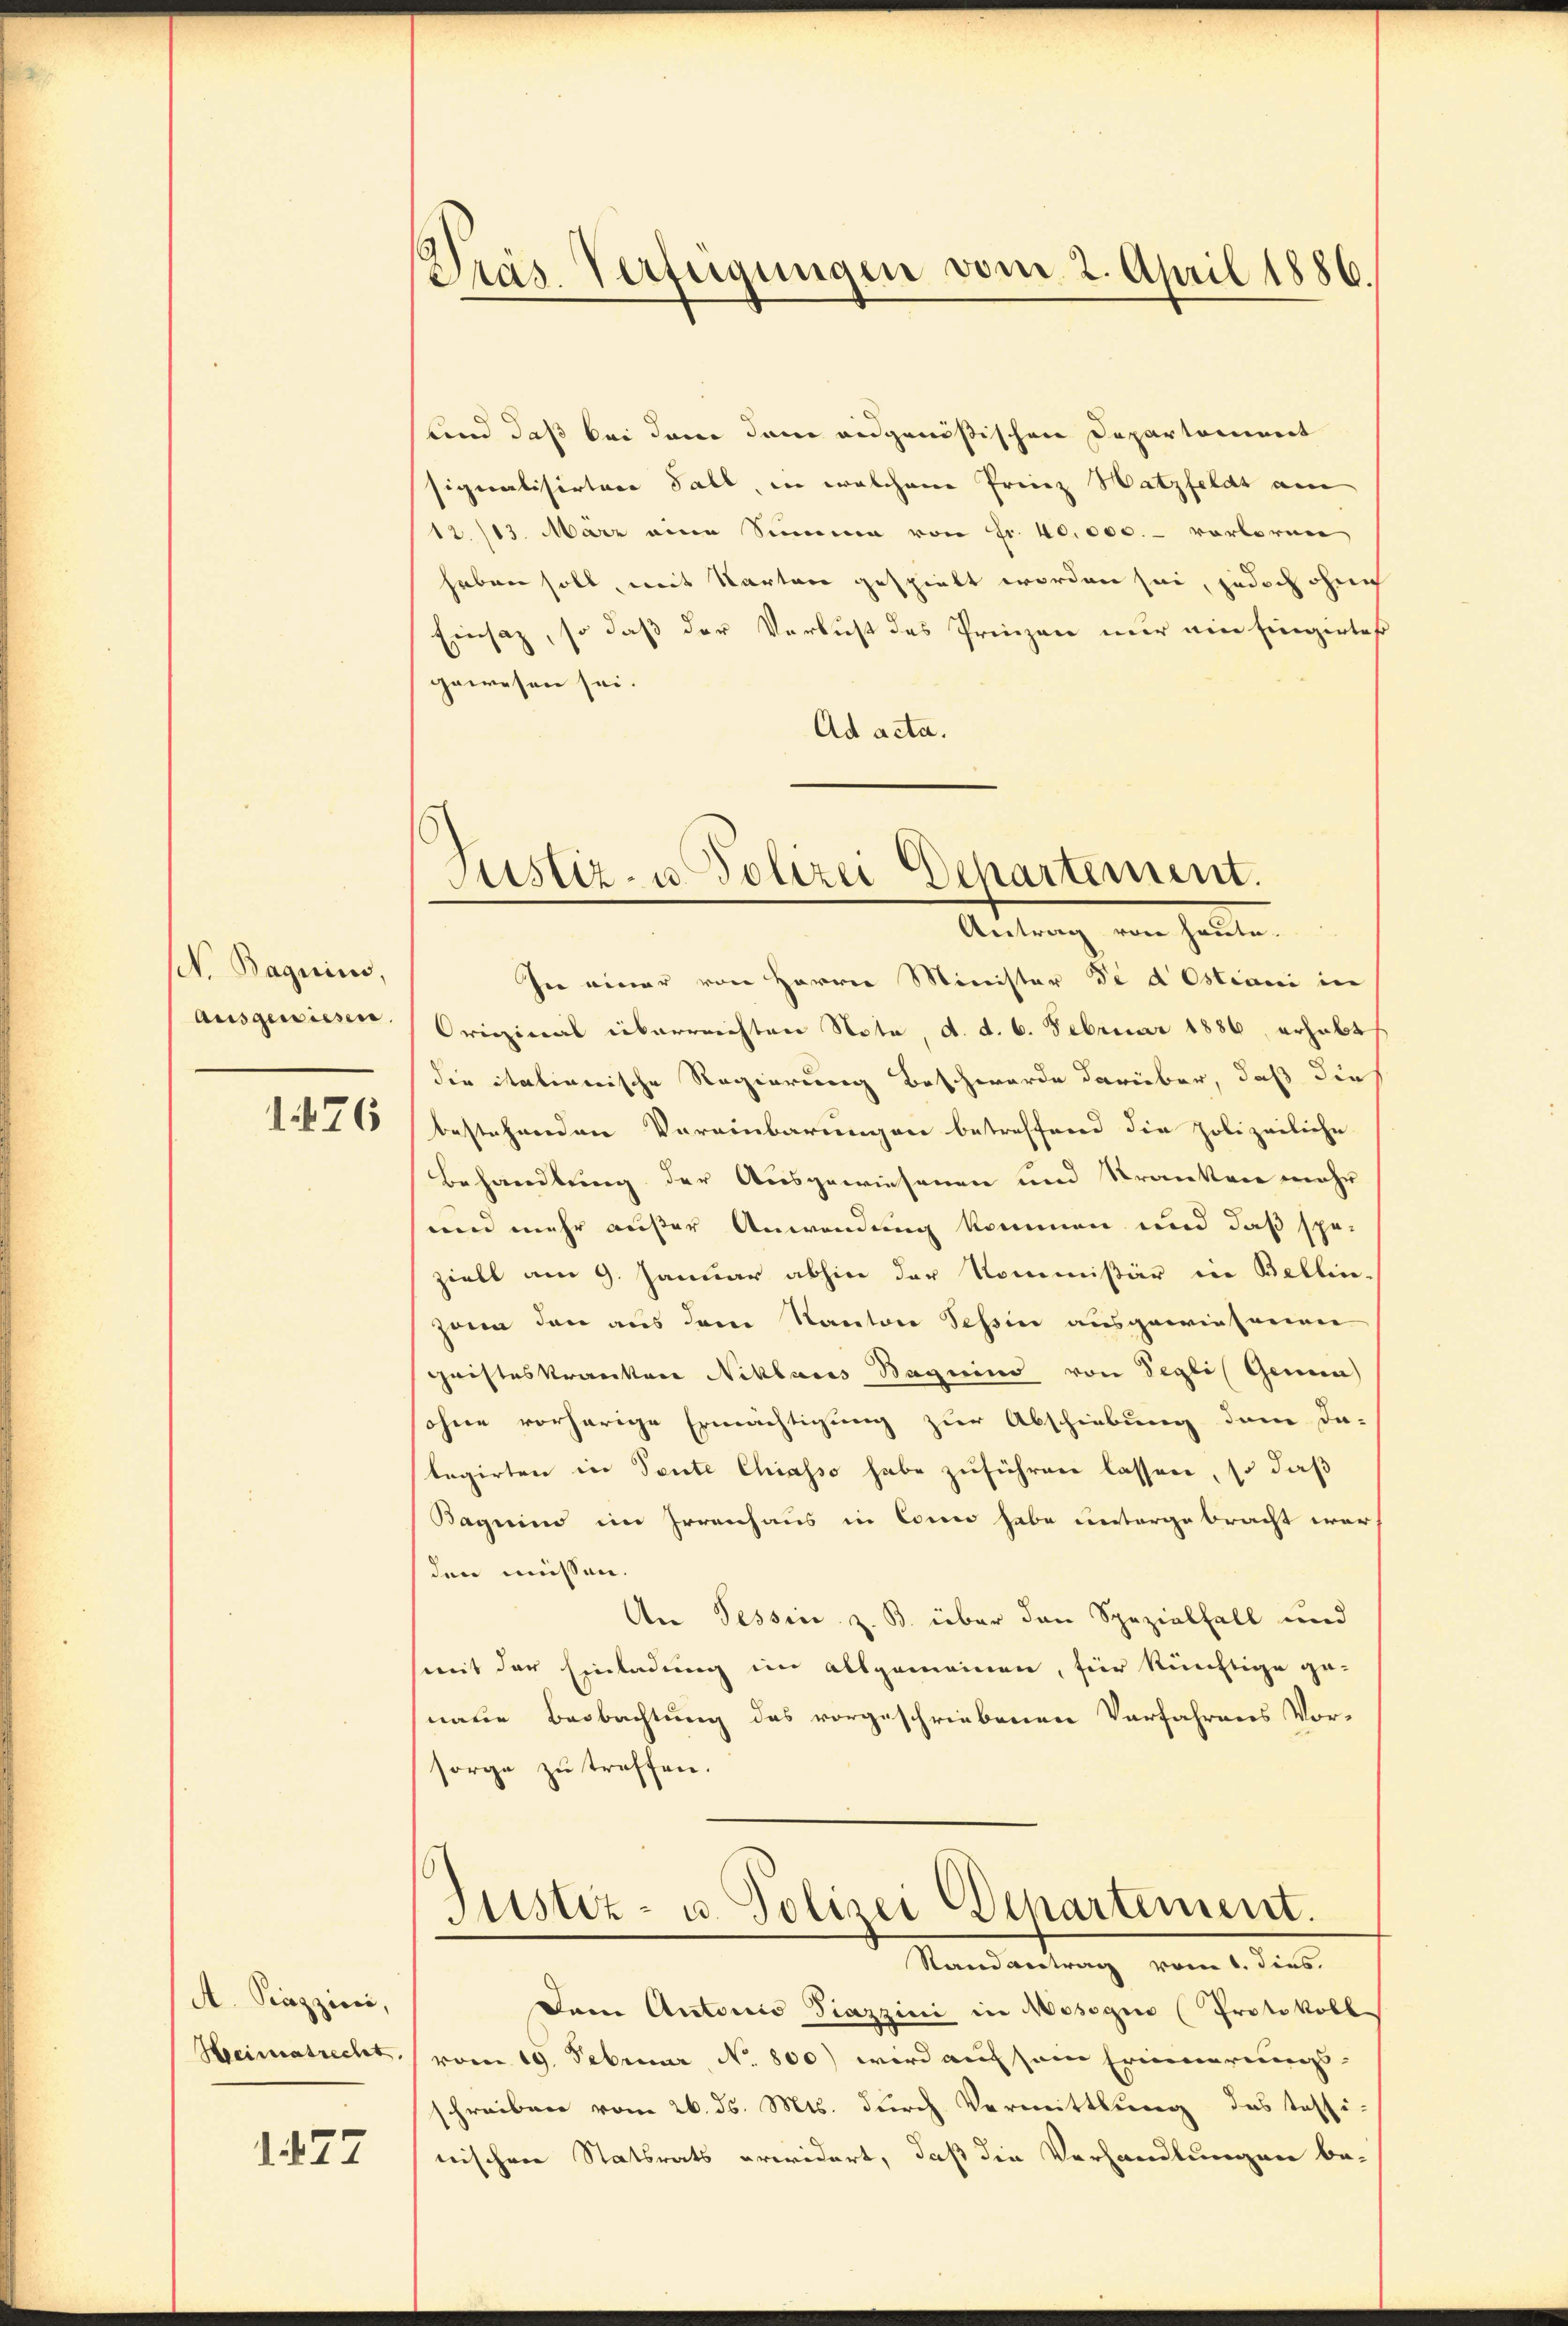
N. Baguins,
ausgewiesen.
1476

A. Kazzini,
Heimatrecht,

1427

und daß bei dem dem eidgenößischen Departement
signalisirtere Fall, in welchem Prinz Hatzfeldt am
12./13. März eine Summe von Fr. 40,000.- vorlornen
haben soll, mit Karten gespielt worden sei, jedoch ohne
Einsatz, so daß der Verlust des Prinzen nur ein Eingirtes
gewesen sei.
Ad acta.

Pras Verfügungen vom 2. April 1886.

Justiz- u. Polizei Departement.
Antrag von heute.

In einer von Herrn Minister de d Ostiani in
Original überreichten Nota, d. d. 6. Februar 1886, erhabt
die italianische Regierung beschwerde darüber, daß die
bestehenden Vereinbarungen betreffend die polizeiliche
Behandlung der Ausgewiesenen und Kranken mehr
und mehr außer Anwendung kommen und daß spe-
ziell am 9. Januar abhin der Kommissär in Bellin-
zann dann aus dem Kanton Tessin ausgewiesenen
Christeskranker Niklares Raguins von Segli Genua
sohne vorherige Ermächtigung zur Abschiebung dem da-
legirten in Sente Chiasso habe zuführen lassen, so daß
Bagrino im Irrenhaus in Conn habe untergebracht war
den müssen.
An Tessin z. B. über den Spezialfall und
weit der Einladung im allgemeinen, für künftige ge-
naue Beobachtung des vorgeschriebenen Verfahrens Vor-
sorge zu treffen.
Justiz- u. Polizei Departement.
Standvertrag vom 1. dies.
Dem Autoris Piazzini in Mosogin (Protokoll
vom 19. Februar, No. 800) wird auf sein Erinnerungs-
schreiben vom 26. ds. Mts. durch Vermittlung des Tessi-
nischen Statsrats erwidert, daß die Verhandlungen be-